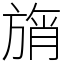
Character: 旓